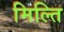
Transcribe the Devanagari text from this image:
मिल्ति